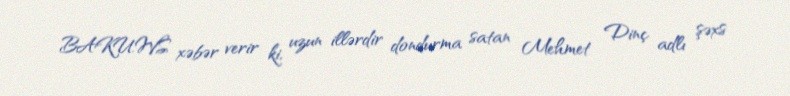
BAKU.WS xəbər verir ki, uzun illərdir dondurma satan Mehmet Dinç adlı şəxs